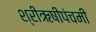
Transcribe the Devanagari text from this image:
श्रीऋषीपंचमी